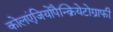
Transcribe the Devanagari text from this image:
कोलएंजियोपैन्क्रियेटोग्राफी